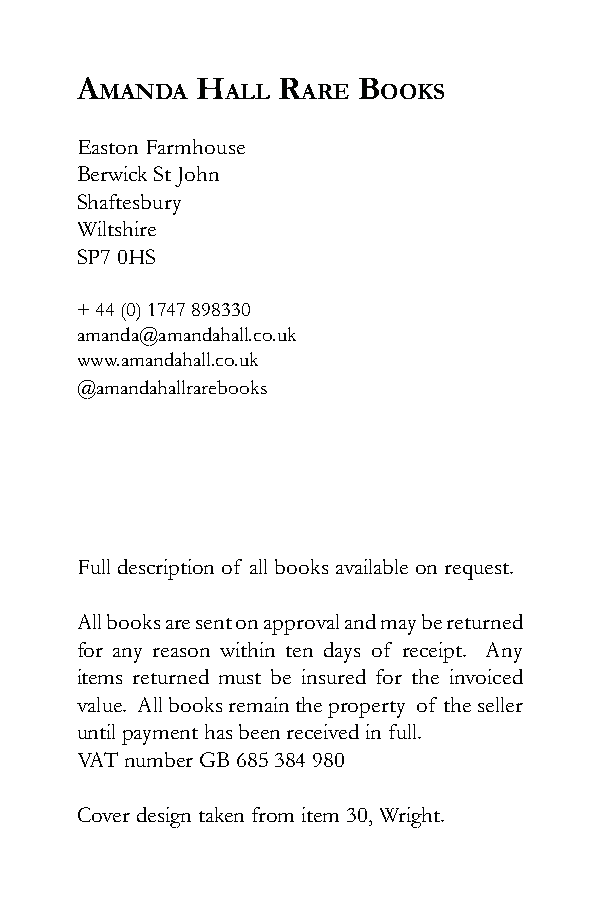
A       H    R     B
 mAndA   All  ARe  ooks
 Easton Farmhouse
 Berwick St John
 Shaftesbury
 Wiltshire
 SP7 0HS
 + 44 (0) 1747 898330
 amanda@amandahall.co.uk
 www.amandahall.co.uk
 @amandahallrarebooks
 Full description of all books available on request.
 All books are sent on approval and may be returned
 for any reason within ten days of receipt. Any
 items returned must be insured for the invoiced
 value. All books remain the property of the seller
 until payment has been received in full.
 VAT number GB 685 384 980
 Cover design taken from item 30, Wright.